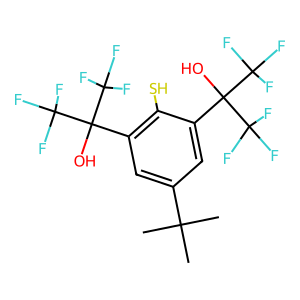
SMILES: CC(C)(C)c1cc(C(O)(C(F)(F)F)C(F)(F)F)c(S)c(C(O)(C(F)(F)F)C(F)(F)F)c1
Inhibits HIV replication: No